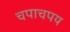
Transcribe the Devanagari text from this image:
चपाचपय